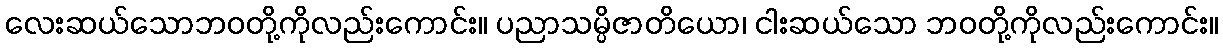
လေးဆယ်သောဘဝတို့ကိုလည်းကောင်း။ ပညာသမ္ပိဇာတိယော၊ ငါးဆယ်သော ဘဝတို့ကိုလည်းကောင်း။